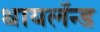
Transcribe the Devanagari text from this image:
थायलॅन्ड